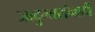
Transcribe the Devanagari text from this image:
जादुगारांनाही